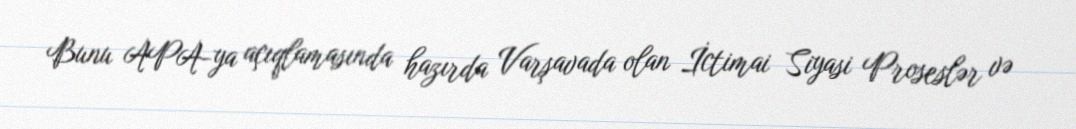
Bunu APA-ya açıqlamasında hazırda Varşavada olan İctimai Siyasi Proseslər və